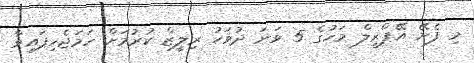
މި ފެށޭ އޭޕްރީލް މަހުގެ 5 ވަނަ ދުވަހު ރިލީޒް ކުރުމަށް ހަމަޖެހިފައިވާ